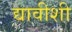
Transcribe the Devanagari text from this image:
द्यावीशी